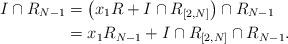
LaTeX: \begin{align*}I \cap R_{N-1} &= \left( x_1 R + I \cap R_{[2,N]} \right) \cap R_{N-1} \\&= x_1 R_{N-1} + I \cap R_{[2,N]} \cap R_{N-1}. \end{align*}